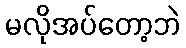
မလိုအပ်တော့ဘဲ